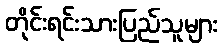
တိုင်းရင်းသားပြည်သူများ